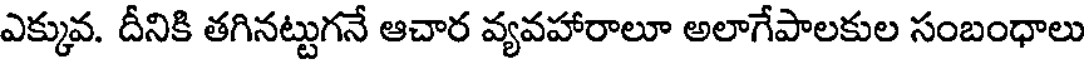
ఎక్కువ. దీనికి తగినట్టుగనే ఆచార వ్యవహారాలూ అలాగేపాలకుల సంబంధాలు